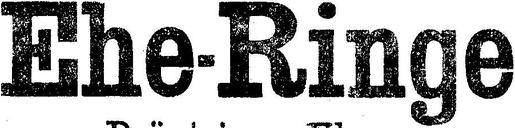
Ehe-Ringe